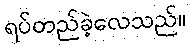
ရပ်တည်ခဲ့လေသည်။